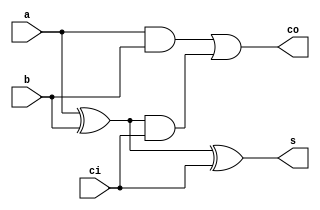
// module: full adder
// developed by: Daniel Santos
// 2022

module full_adder (
    input a,
    input b,
    input ci,
    output co,
    output s
);
    
    assign s = a ^ b ^ ci;
    assign co = a & b | (a ^ b) & ci;

endmodule